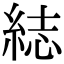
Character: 綕